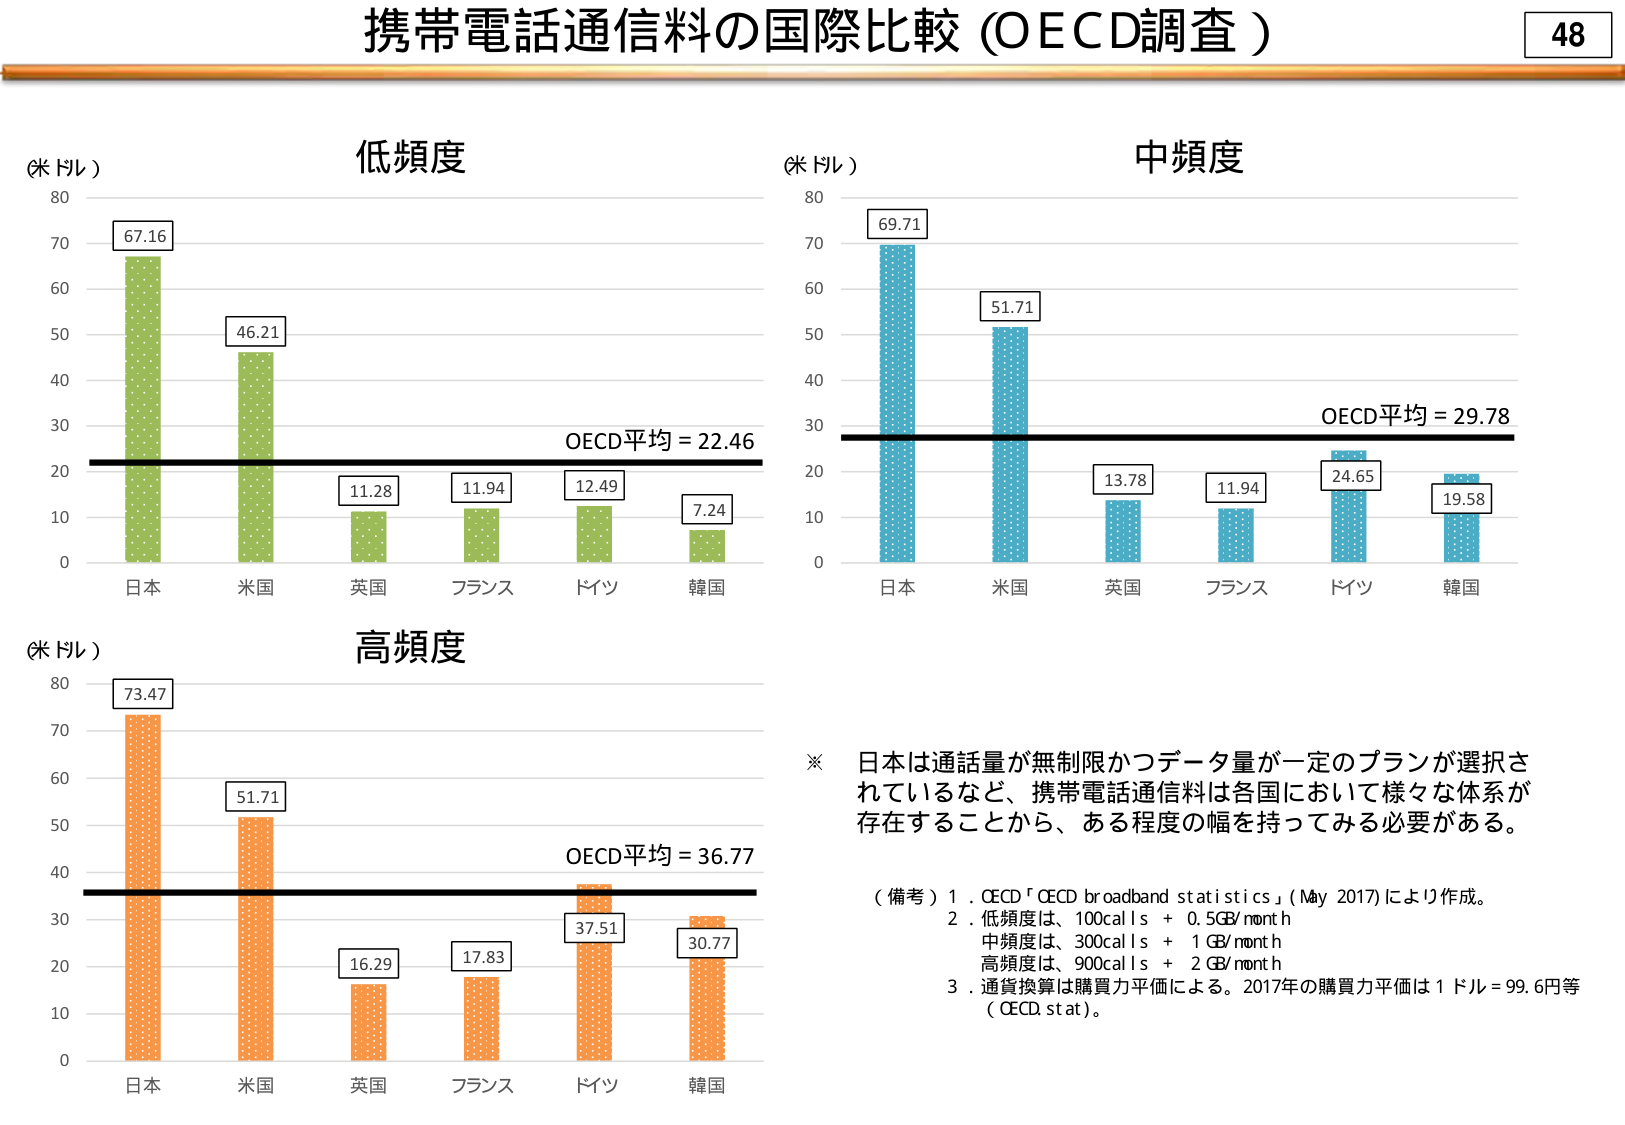
携帯電話通信料の国際比較（OECD調査）
48

（米ドル）
低頻度
67.16
46.21
11.28
11.94
12.49
7.24
OECD平均 = 22.46
日本
米国
英国
フランス
ドイツ
韓国

（米ドル）
中頻度
69.71
51.71
13.78
11.94
24.65
19.58
OECD平均 = 29.78
日本
米国
英国
フランス
ドイツ
韓国

（米ドル）
高頻度
73.47
51.71
16.29
17.83
37.51
30.77
OECD平均 = 36.77
日本
米国
英国
フランス
ドイツ
韓国

※ 日本は通話量が無制限かつデータ量が一定のプランが選択されているなど、携帯電話通信料は各国において様々な体系が存在することから、ある程度の幅を持ってみる必要がある。

（備考）1．OECD「OECD broadband statistics」（May 2017）により作成。
2．低頻度は、100calls + 0.5GB/month
中頻度は、300calls + 1GB/month
高頻度は、900calls + 2GB/month
3．通貨換算は購買力平価による。2017年の購買力平価は1ドル＝99.6円等（OECD stat）。